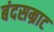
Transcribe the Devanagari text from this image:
बंदसम्राट